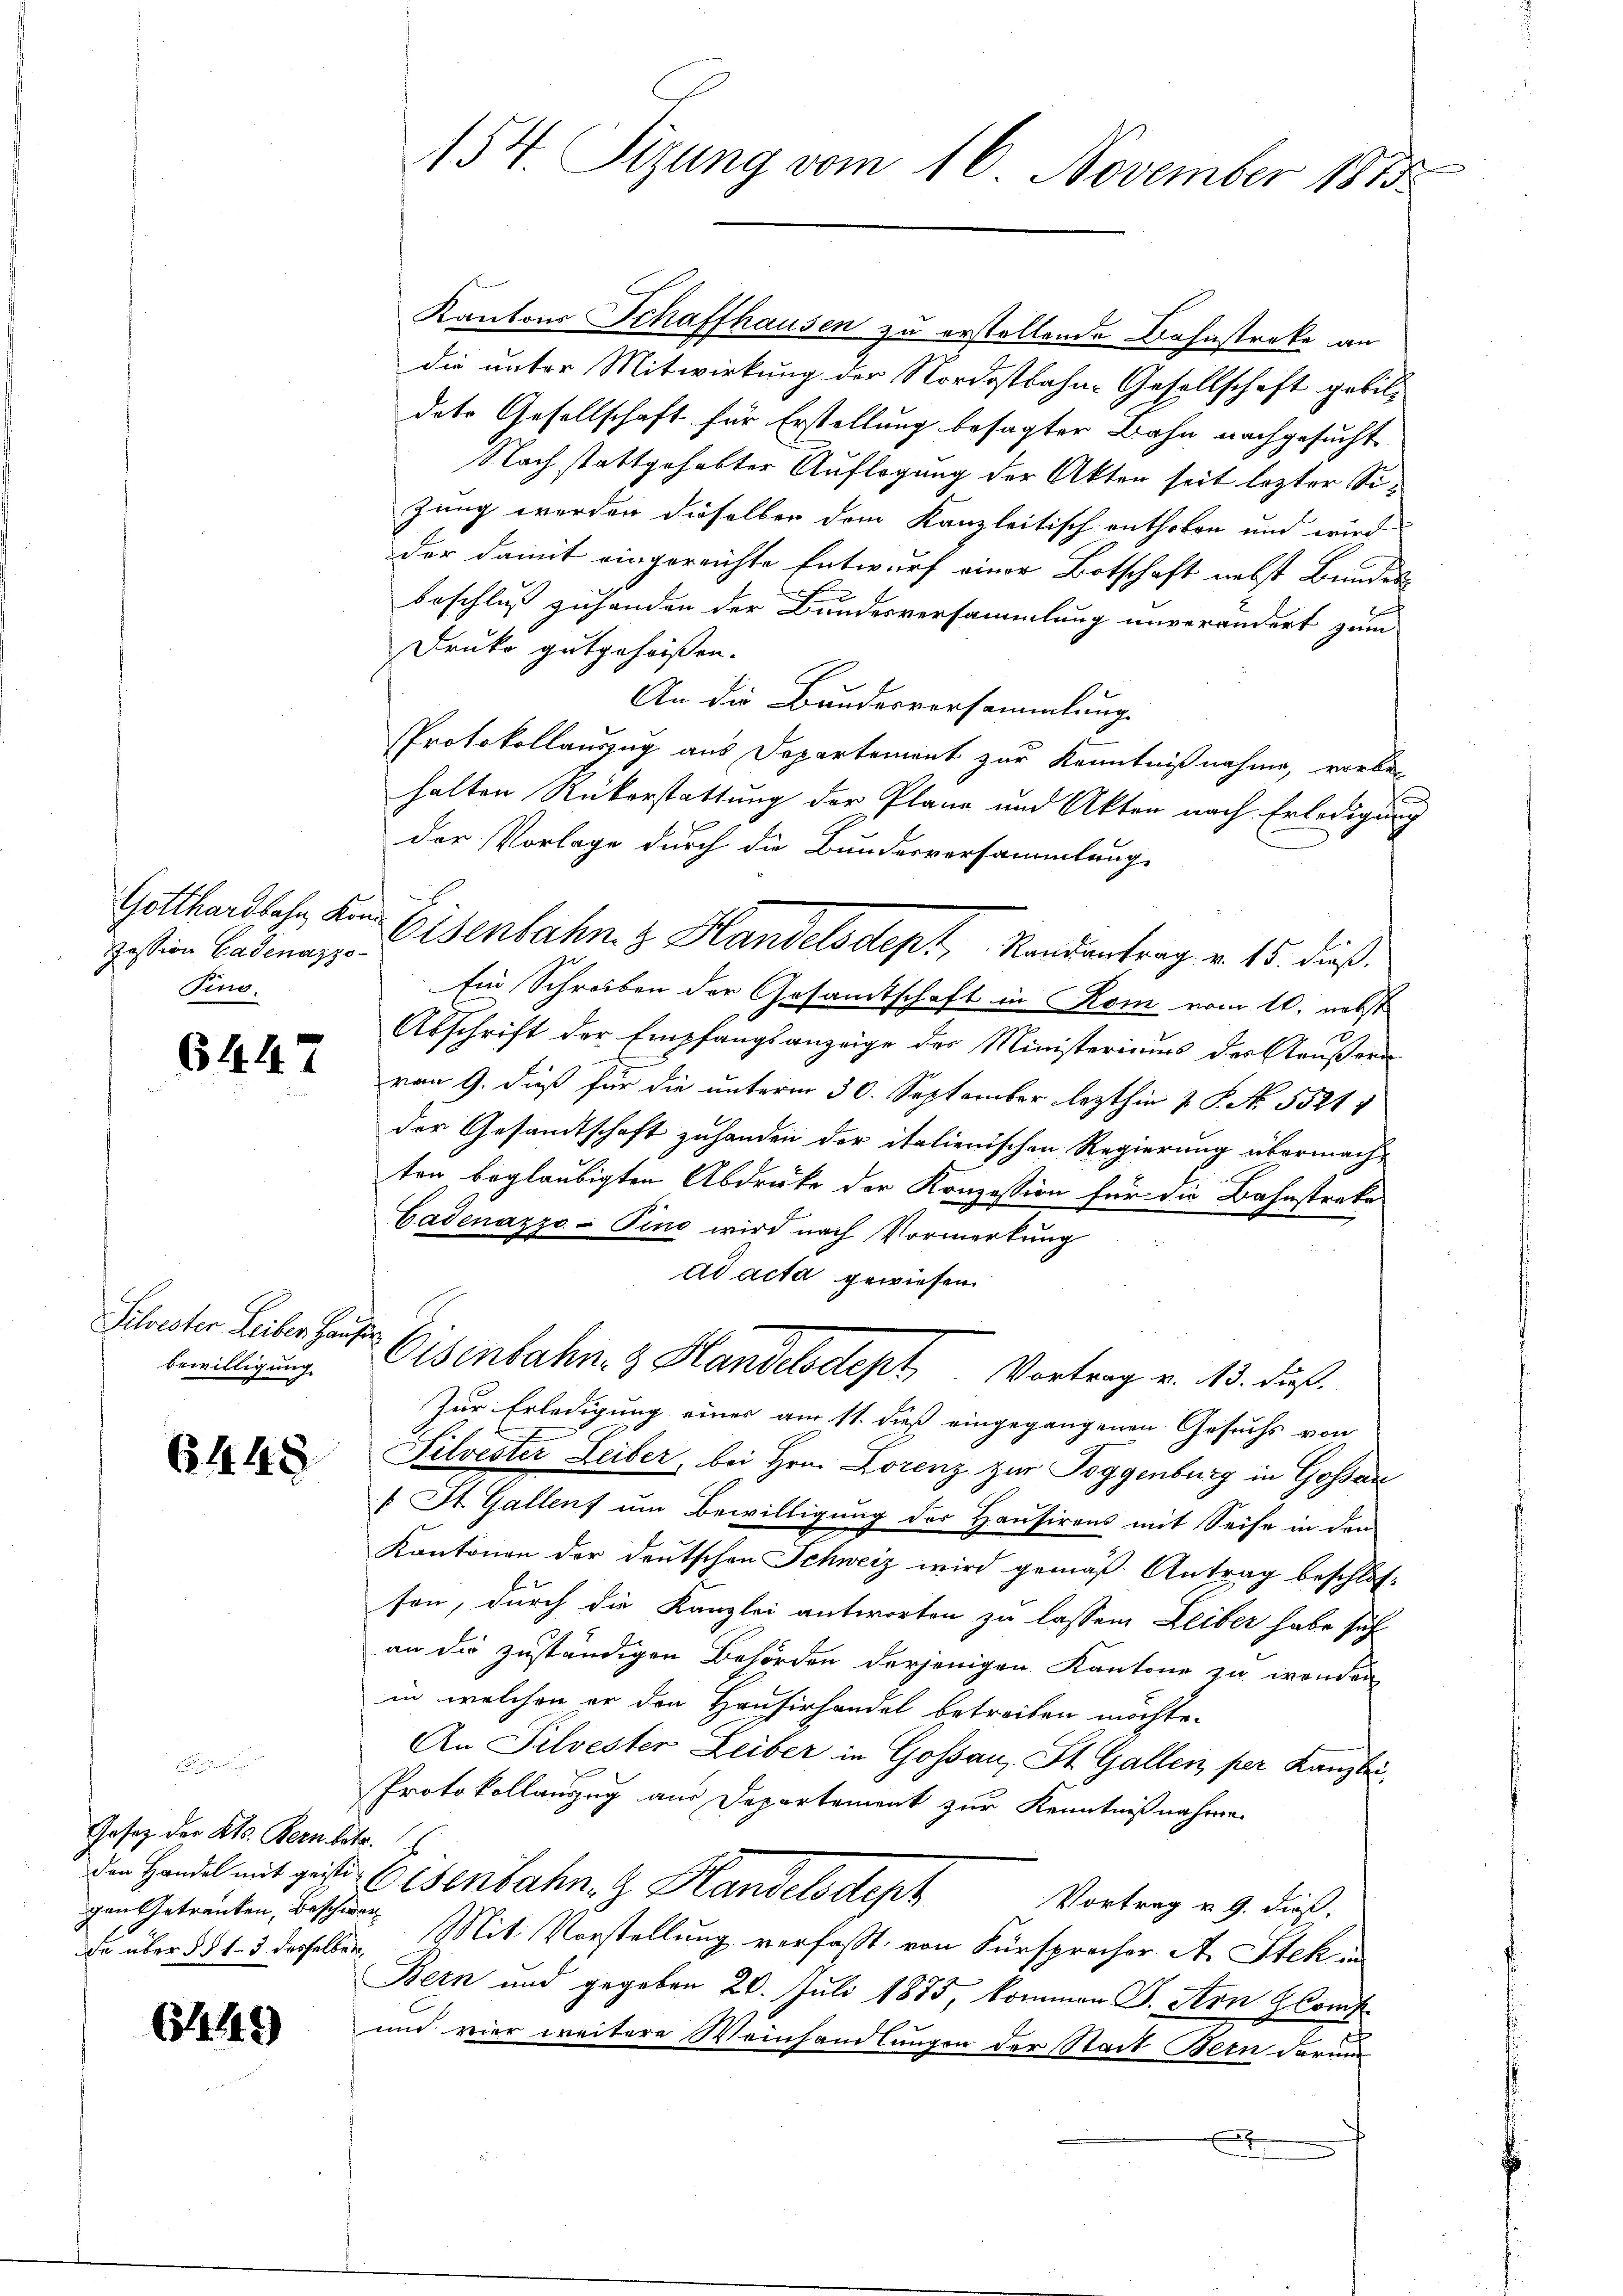
Zession Gadenazzo¬
Fir.

6447

Silvester Leiber Hausir
Bewilligung.

6448

Gesetz der Kts. Bern betr.
gen Getranken, Beschwen

6514449

154. Sizung vom 16. November 1815

Kantons Schaffhausen zu erstellende Bahnstreke an
die unter Mitwirkung der Nordostbahn-Gesellschaft gebil-
dete Gesellschaft für Erstellung besagter Bahn nachgesucht
Nach stattgehabter Auflegung der Akten seit lezter Sizung werden dieselben dem Kanzleitisch enthoben und wird
der damit eingereichte Entwurf einer Botschaft nebst Bundes
beschluß zuhanden der Bundesversammlung unverändert zum
Druko gutgeheißen.
An die Bundesversammlung
Protokollauszug aus Departement zur Kenntnißnahme, vorbehalten Rükerstattung der Plane und Akten nach Erledigung
der Vorlage durch die Bundesversammlung
Gotthardbahn um Eisenbahn z. Handelsdept, Randantrag v. 15. dieß.
Ein Schreiben der Gesandtschaft in Rom vom 10. nebst
Abschrift der Empfangsanzeige der Ministeriums der Gaußern
vom 9. dieß für die unterm 30. September lezthin 2 S. Nr. 55211
der Gesandtschaft zuhanden der italienischen Regierung übermacht
ten beglaubigten Abdrüke der Konzession für die Bahnstreke
Cadenazzo-Pino wird nach Vormerkung
ad acta gewiesen
Eisenbahn & Handelsdept, Vortrag v. 13. daß
Zur Erledigung eines am 11. dieß eingegangenen Gesuchs von
Silvester Leiber, bei Hrn. Lorenz zur Poggenburg in Gossar
[ St. Gallens um Bewilligung des Hausirens mit Seife in den
Kantonen der Deutschen Schweiz wird gemäß Antrag beschlossen, durch die Kanzlei antworten zu lassen Leiber habe sich
an die zuständigen Behörden derjenigen Kantone zu wenden
in welchen er den Hausirhandel betreiben möchte.
An Silvester Leiber in Gossau, St. Gallen per Kanzlei
Protokollauszug aus Departement zur Kenntnißnahme.
den Handel mit gester Eisenbahn. G. Handelsdeph
Vortrag v. 9. dieß.
Da über §§ 13 desselben Mit Vorstellung verfaßt, von Fürsprecher. A. Stek¬
Bern und gegeben 20. Juli 1875, kommen S. Arn Hom
und vier weitere Weinhandlungen der Stadt Bern darum
x